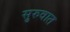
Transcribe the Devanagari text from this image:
सु्रुवात